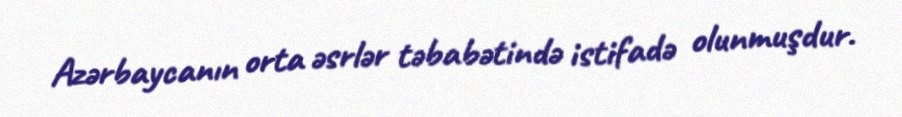
Azərbaycanın orta əsrlər təbabətində istifadə olunmuşdur.